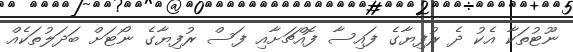
ނޫޓުތަކާ އެކު ދެ ރުފިޔާގެ ފައިސާ ފޮއްޗަށާއި ފަސް ރުފިޔާގެ ނޯޓަށް ބަދަލުތަކެއް